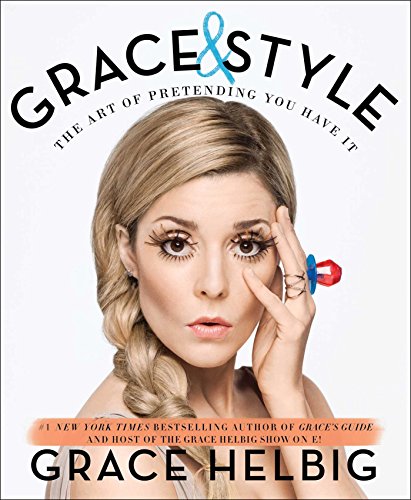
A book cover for Grace & Style: The Art of Pretending You Have It; Grace Helbig; Humor & Entertainment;